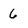
Character: 6